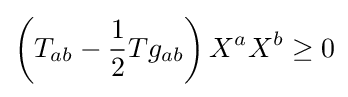
\left(T_{ab}-{\frac {1}{2}}Tg_{ab}\right)X^{a}X^{b}\geq 0